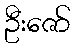
ဦးဇော်